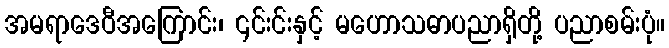
အမရာဒေဝီအကြောင်း၊ ၎င်းင်းနှင့် မဟောသဓာပညာရှိတို့ ပညာစမ်းပုံ။